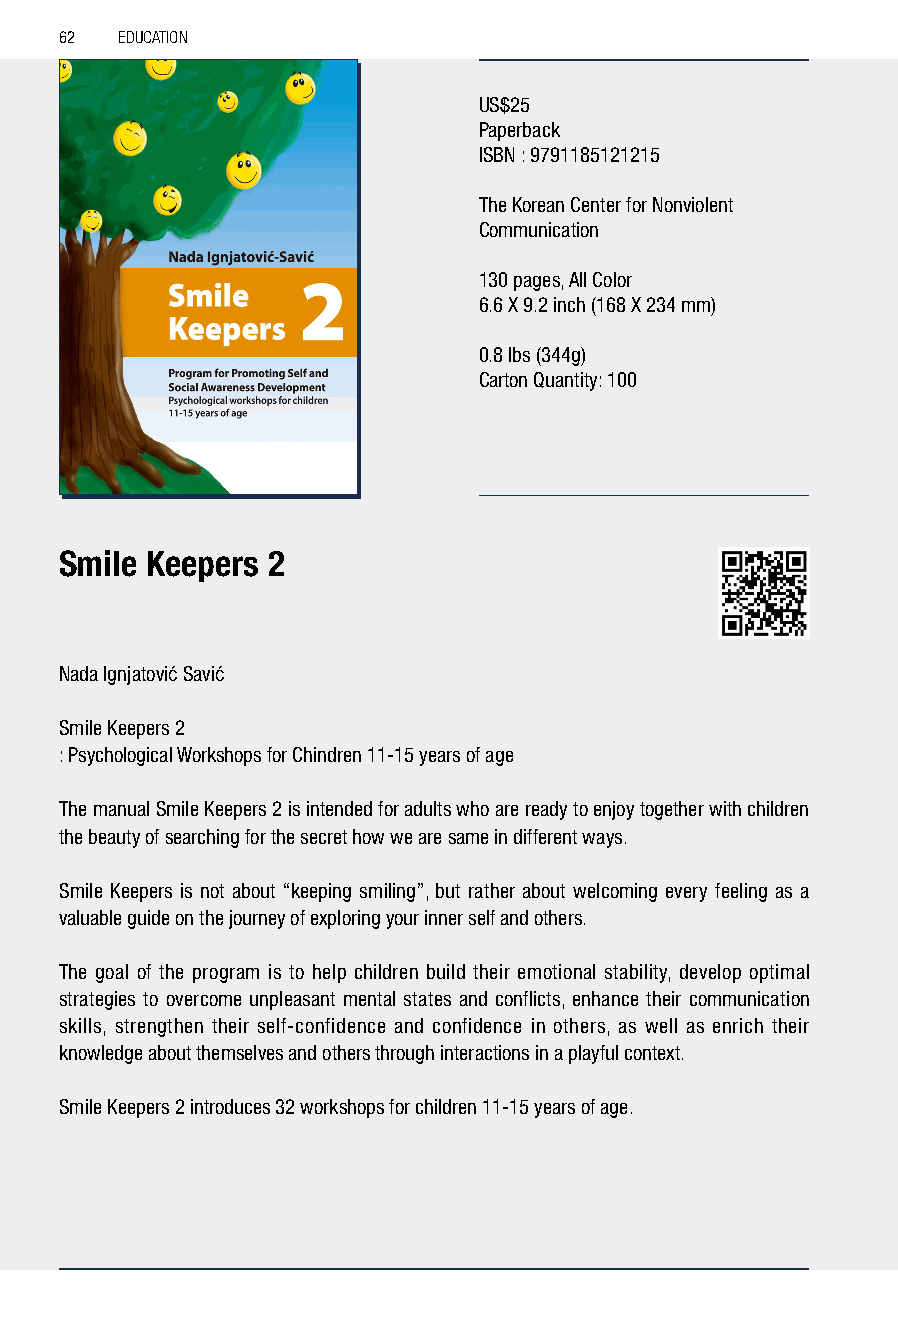
62  EDUCATION
 US$25
 Paperback
 ISBN : 9791185121215
 The Korean Center for Nonviolent
 Communication
 130 pages, All Color
 6.6 X 9.2 inch (168 X 234 mm)
 0.8 lbs (344g)
 Carton Quantity: 100
 Smile Keepers 2
 Nada Ignjatović Savić
 Smile Keepers 2
 : Psychological Workshops for Chindren 11-15 years of age
 The manual Smile Keepers 2 is intended for adults who are ready to enjoy together with children
 the beauty of searching for the secret how we are same in different ways.
 Smile Keepers is not about “keeping smiling”, but rather about welcoming every feeling as a
 valuable guide on the journey of exploring your inner self and others.
 The goal of the program is to help children build their emotional stability, develop optimal
 strategies to overcome unpleasant mental states and conflicts, enhance their communication
 skills, strengthen their self-confidence and confidence in others, as well as enrich their
 knowledge about themselves and others through interactions in a playful context.
 Smile Keepers 2 introduces 32 workshops for children 11-15 years of age.